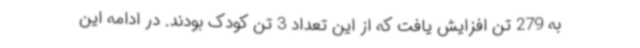
به 279 تن افزایش یافت که از این تعداد 3 تن کودک بودند. در ادامه این